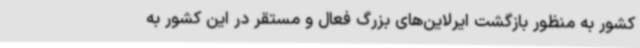
کشور به منظور بازگشت ایرلاین‌های بزرگ فعال و مستقر در این کشور به